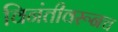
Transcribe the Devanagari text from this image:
विनंतीवरूनच